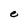
Character: e